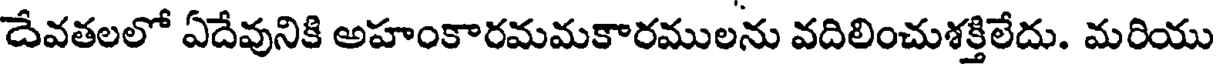
దేవతలలో ఏదేవునికి అహంకారమమకారములను వదిలించుశక్తిలేదు. మరియు